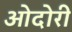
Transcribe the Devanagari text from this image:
ओदोरी